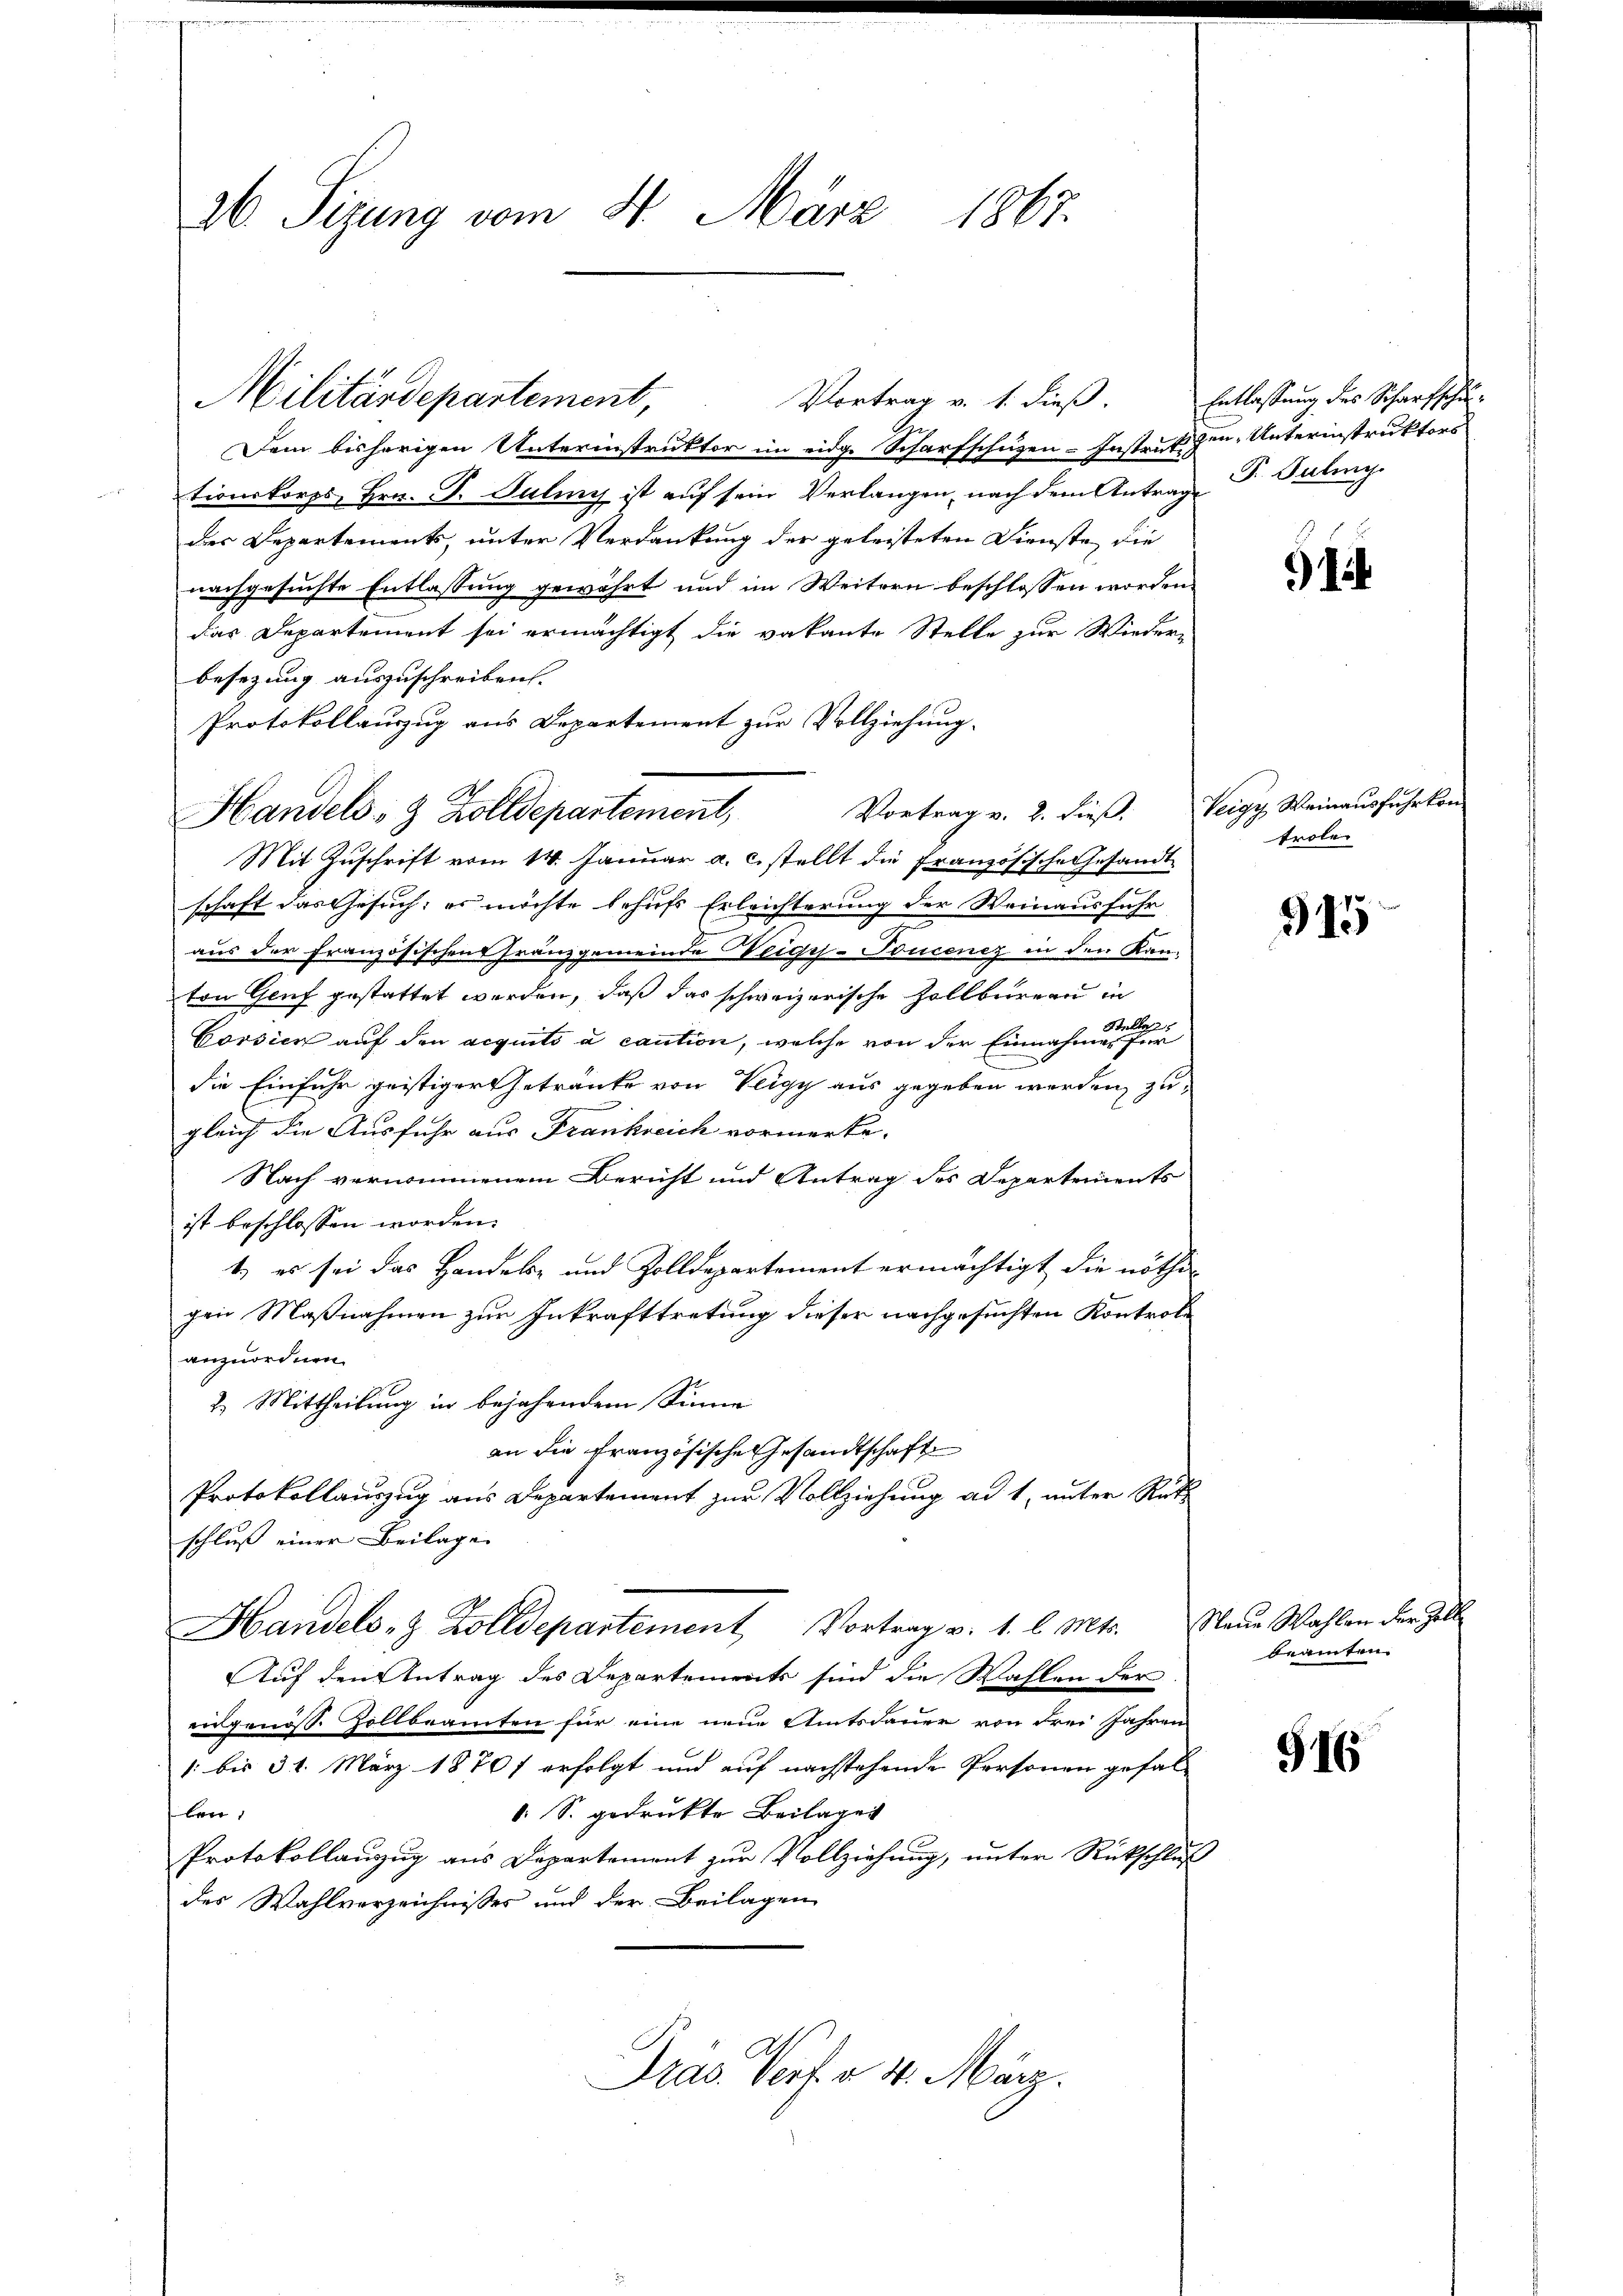
A Sizung vom 4. März 1867.

Militärdepartement,

Handels- & Zolldepartement,

Vortrag v. 1. dieß.
Dem bisherigen Unterinstruktor im eidge Scharfschüzen-Instruk den Unterinstruktors
tionskorps, Hrn. P. Juliny ist auf sein Verlangen, nach dem Antrag d. Baling
n
des Departements, unter Verdankung der geleisteten Dienste, die
nachgesuchte Entlassung gewährt und im Weitern beschlossen worden.
Das Departement sei ermächtigt die vakante Stelle zur Wieder-
besezung auszuschreiben.
Protokollauszug aus Departement zur Vollziehung.
Vortrag v. 2. dieß.
Mit Zuschrift vom 14. Januar a. c. stellt die Französische Gesandt
schaft das Gesuch, es möchte behufs Erleichterung der Weinausfuhr
aus der Französischen Franzgemeinde Weige-Toncenz in den Kanton Genf gestattet werden, daß das schweizerische Zollbureau in
Corsien auf den acquito a caution, welche von der Einnahmenen
die Einfuhr geistiger Getränke von Veigy aus gegeben werden, zugleich die Ausfuhr aus Frankreich vormerke.
Nach vernommenem Bericht und Antrag des Departements
ist beschlossen worden.
1) es sei das Handels- und Zolldepartement ermächtigt die nöthi-
gen Maßnahmen zur Inkrafttretung dieser nachgesuchten Kontrole
anzuordnen.
2. Mittheilung in bejahendem Sinne
an die französische Gesandtschaft
Protokollauszug aus Departement zur Vollziehung ad 1, unter Rüt
schluß einer Beilage
Handels- & Zolldepartement Vortrag v. 1. l. Mts. Neue Wahlen der all
Auf den Antrag des Departements sind die Wahlen der
eidgenöss. Zollbeamten für eine neue Amtsdauer von drei Jahren
1. bis 31. März 18701 erfolgt und auf nachstehende Personen gefall
len:
. S. gedrukte Beilagen
Protokollauzug aus Departement zur Vollziehung, unter Rückschluß
des Wahlverzeichnisses und der Beilagen
Gras Porf. à 4. März.

Entlassung des Scharfschu¬

91

Veigy, Weinausfuhr kon
trole

315

beamten.

916